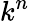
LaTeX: k^{n}